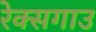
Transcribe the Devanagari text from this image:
रेक्सगाउ